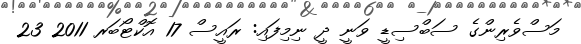
މަސްވެރިންގެ ސަބްސިޑީ ވަނީ ދީ ނިމިފައި: ރައީސް 17 އޮކްޓޯބަރ 2011 23